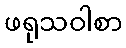
ဖရုသဝါစာ